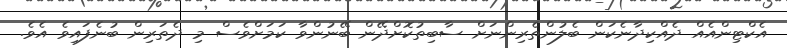
އެކްޓިންއެއް ދެއްކިދާނެކަން ބެލުންތެރިންނަށް ސާބިތުކޮށްދޭން ބޭނުންވާ ކަމަށްވެސް މި ދެތަރިން ބުނެފައިވެ އެެވެ.